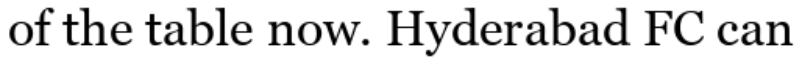
of the table now. Hyderabad FC can